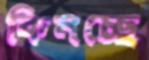
কিনচ্ছে